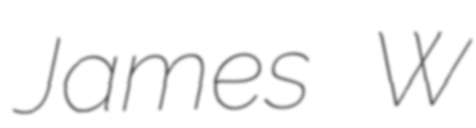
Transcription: James W